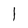
Character: 1